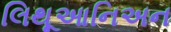
લિથૂઆનિઅન